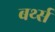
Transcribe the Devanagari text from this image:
बर्थ्स